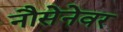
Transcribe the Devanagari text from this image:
नौसेनेवर